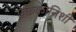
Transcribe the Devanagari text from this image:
एककानिशी